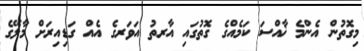
މިގޮތުން އެންމެ ޚާއްސަ ކަމެއްގެ ގޮތުގައި އާރތު އަވަރގެ އެއް ގަޑިއިރަށް މާލޭގެ